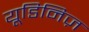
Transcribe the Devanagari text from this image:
यूडिनिज़